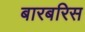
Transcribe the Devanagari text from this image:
बारबरिस